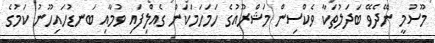
މޫސުމީ ނޭދެވޭ ބަދަލުތަކާ ވެކްސިން މަޝްރޫއުގެ ހަމަހަމަކަން ގެއްލިފައި ވުމާއި ބަނޑުހައިހޫނު ކަމުގެ